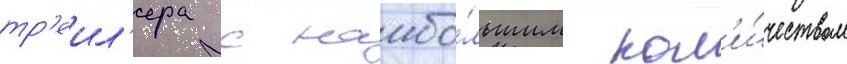
тр'еил'ера с наибо́льшим кол'и́чеством